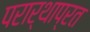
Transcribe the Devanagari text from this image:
परार्थाप्रत